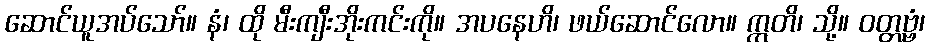
ဆောင်ယူအပ်သော်။ နံ၊ ထို မီးကျီးအိုးကင်းကို။ အပနေဟိ၊ ဖယ်ဆောင်လော။ ဣတိ၊ သို့။ ဝတ္တဗ္ဗံ၊